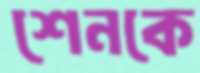
শেনকে